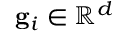
\mathbf { g } _ { i } \in \mathbb { R } ^ { d }